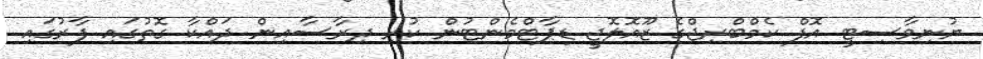
ޔުނިވާސިޓީ އޮފް ކެމްބްރިޖްގެ ޒޫއޮލޮޖީ ޑިޕާޓްމެންޓުން ކުރި ދިރާސާއިން ދައްކާ ގޮތުގައި ފާރުގައި